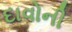
દાવોની